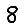
Digit: 8